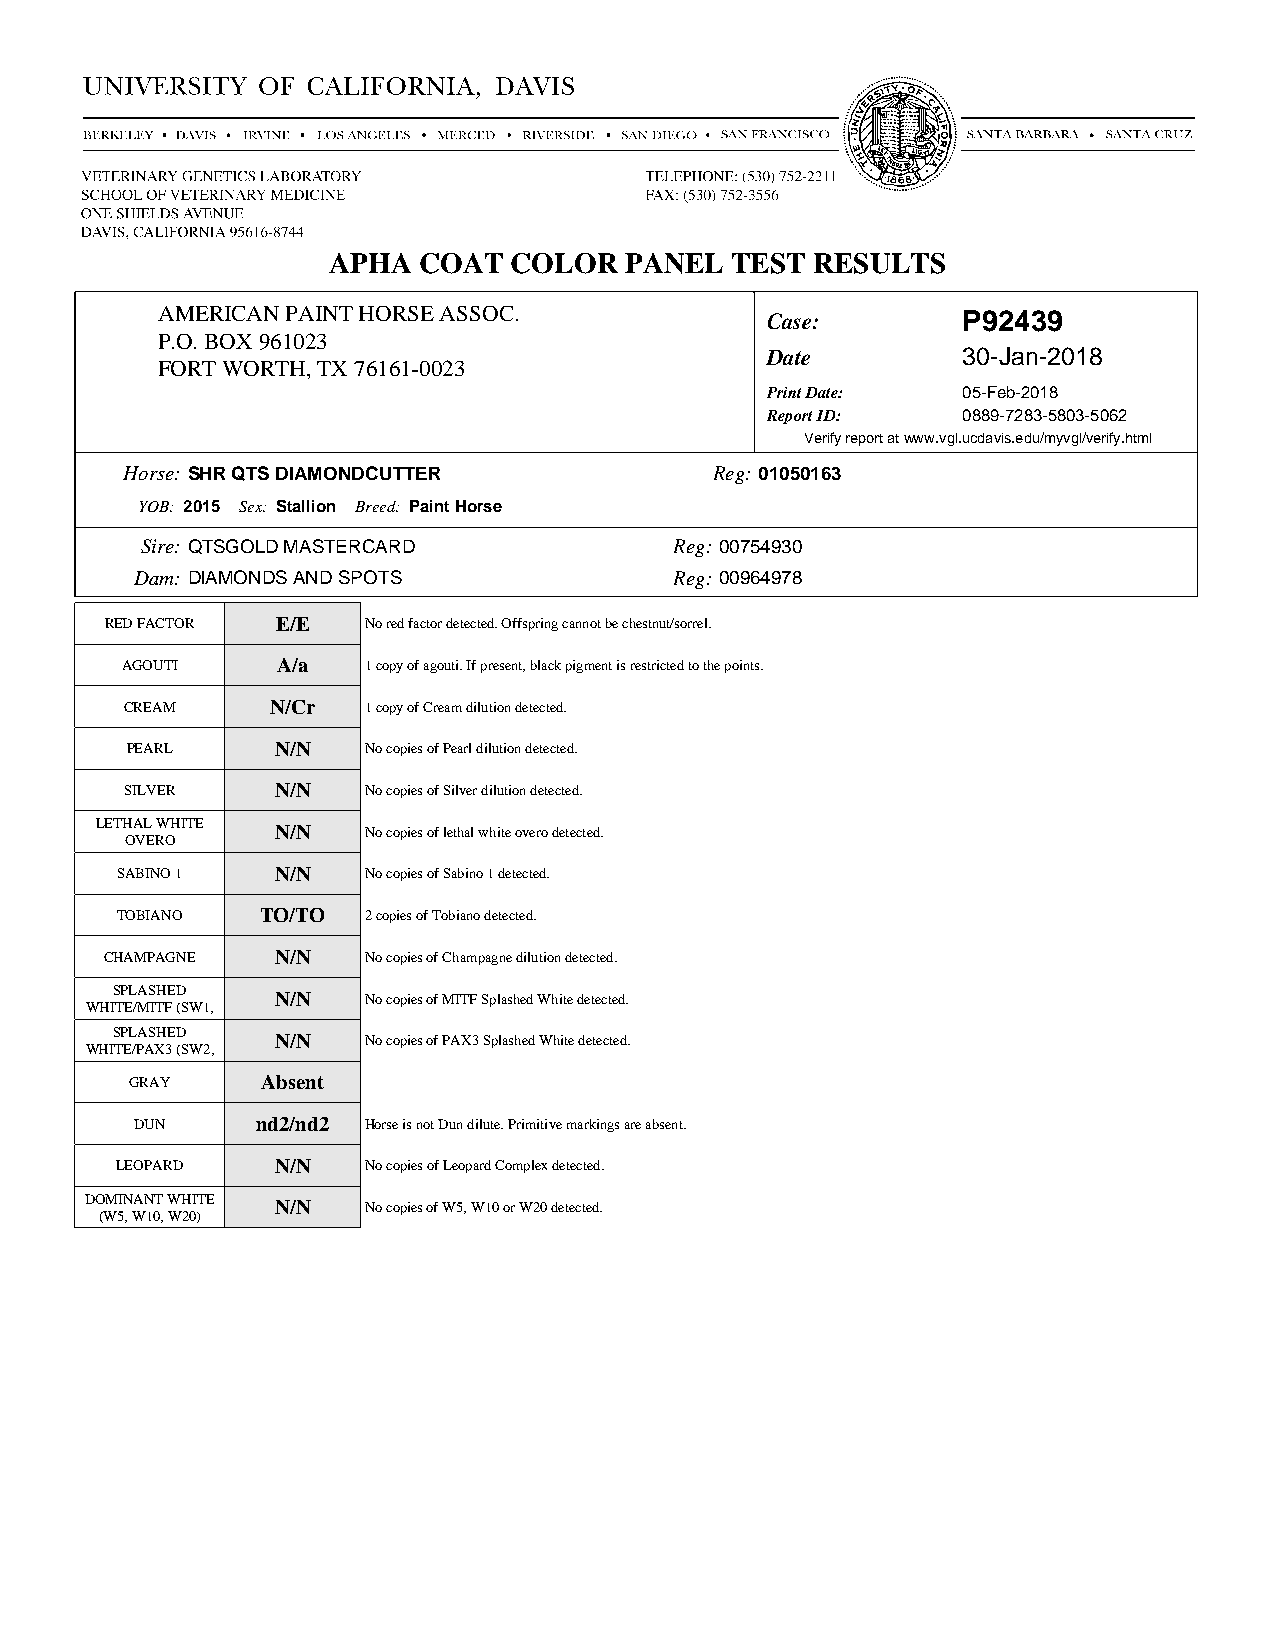
APHA  COAT  COLOR  PANEL  TEST  RESULTS
 AMERICAN PAINT HORSE ASSOC.              Case:        P92439
 P.O. BOX 961023
 Date         30-Jan-2018
 FORT WORTH, TX 76161-0023
 Print Date:  05-Feb-2018
 Report ID:   0889-7283-5803-5062
 Verify report at www.vgl.ucdavis.edu/myvgl/verify.html
 Horse:SHR QTS DIAMONDCUTTER            Reg:01050163
 YOB: 2015 Sex: Stallion Breed: Paint Horse
 Sire:QTSGOLD MASTERCARD             Reg:00754930
 Dam:DIAMONDS AND SPOTS              Reg:00964978
 RED FACTOR E/E   No red factor detected. Offspring cannot be chestnut/sorrel.
 AGOUTI    A/a   1 copy of agouti. If present, black pigment is restricted to the points.
 CREAM     N/Cr  1 copy of Cream dilution detected.
 PEARL     N/N   No copies of Pearl dilution detected.
 SILVER    N/N   No copies of Silver dilution detected.
 LETHAL WHITE N/N  No copies of lethal white overo detected.
 OVERO
 SABINO 1  N/N   No copies of Sabino 1 detected.
 TOBIANO  TO/TO  2 copies of Tobiano detected.
 CHAMPAGNE  N/N   No copies of Champagne dilution detected.
 SPLASHED   N/N   No copies of MITF Splashed White detected.
 WHITE/MITF (SW1,
 SPLASHED   N/N   No copies of PAX3 Splashed White detected.
 WHITE/PAX3 (SW2,
 GRAY    Absent
 DUN     nd2/nd2 Horse is not Dun dilute. Primitive markings are absent.
 LEOPARD   N/N   No copies of Leopard Complex detected.
 DOMINANT WHITE N/N No copies of W5, W10 or W20 detected.
 (W5, W10, W20)